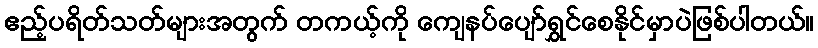
ဧည့်ပရိတ်သတ်များအတွက် တကယ့်ကို ကျေနပ်ပျော်ရွှင်စေနိုင်မှာပဲဖြစ်ပါတယ်။